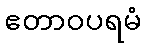
ဧတာဝပရမံ